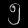
Digit: ၅